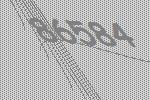
86584